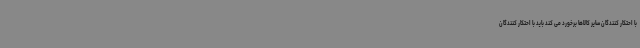
با احتکار کنندگان سایر کالاها برخورد می کند باید با احتکار کنندگان